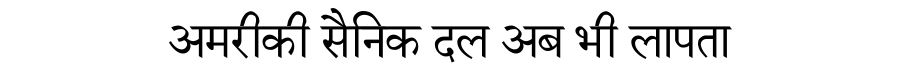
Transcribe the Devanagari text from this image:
अमरीकी सैनिक दल अब भी लापता